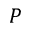
P